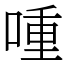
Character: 喠